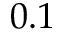
0 . 1